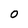
Character: 0